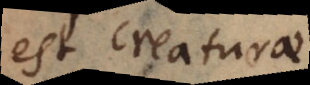
est creaturae.